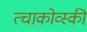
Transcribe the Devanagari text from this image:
त्चाकोव्स्की